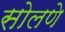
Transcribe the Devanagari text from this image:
सोलणे